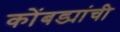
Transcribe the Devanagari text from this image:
कोंबड्यांची